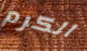
الكرم